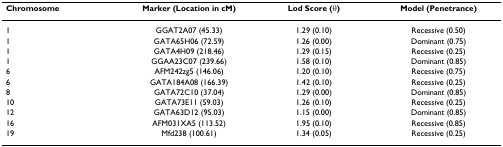
| Chromosome | Marker (Location in cM) | Lod Score (θ) | Model (Penetrance) |
 | --- | --- | --- | --- |
 | 1 | GGAT2A07 (45.33) | 1.29 (0.10) | Recessive (0.50) |
 | 1 | GATA65H06 (72.59) | 1.26 (0.00) | Dominant (0.75) |
 | 1 | GATA4H09 (218.46) | 1.29 (0.15) | Recessive (0.25) |
 | 1 | GGAA23C07 (239.66) | 1.58 (0.10) | Dominant (0.85) |
 | 6 | AFM242zg5 (146.06) | 1.20 (0.10) | Recessive (0.75) |
 | 6 | GATA184A08 (166.39) | 1.42 (0.10) | Recessive (0.25) |
 | 8 | GATA72C10 (37.04) | 1.29 (0.00) | Dominant (0.85) |
 | 10 | GATA73E11 (59.03) | 1.26 (0.10) | Recessive (0.25) |
 | 12 | GATA63D12 (95.03) | 1.15 (0.00) | Dominant (0.85) |
 | 16 | AFM031XA5 (113.52) | 1.95 (0.10) | Recessive (0.85) |
 | 19 | Mfd238 (100.61) | 1.34 (0.05) | Recessive (0.25) |